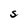
Character: S